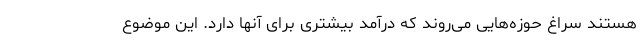
هستند سراغ حوزه‌هایی می‌روند که درآمد بیشتری برای آنها دارد. این موضوع